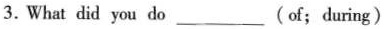
3. What did you do___( of ; during )